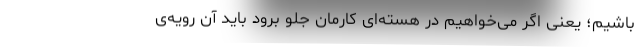
باشیم؛ یعنی اگر می‌خواهیم در هسته‌ای کارمان جلو برود باید آن رویه‌ی